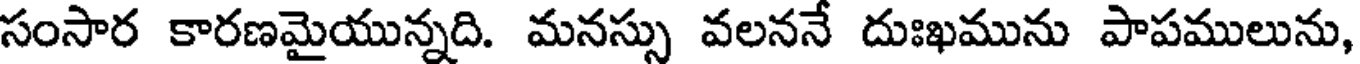
సంసార కారణమైయున్నది. మనస్సు వలననే దుఃఖమును పాపములును,